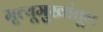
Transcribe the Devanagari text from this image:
मृत्यूमुखांतून